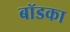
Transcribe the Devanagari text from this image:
बॉडका